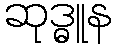
ဆုဒ္ဓူန